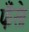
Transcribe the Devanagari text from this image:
फँसे।